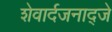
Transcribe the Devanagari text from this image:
शेवार्दजनाद्जे